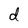
Character: d